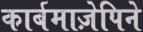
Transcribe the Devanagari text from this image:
कार्बमाज़ेपिने